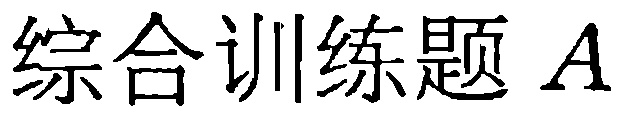
综合训练题 \(A\)